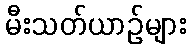
မီးသတ်ယာဉ်များ